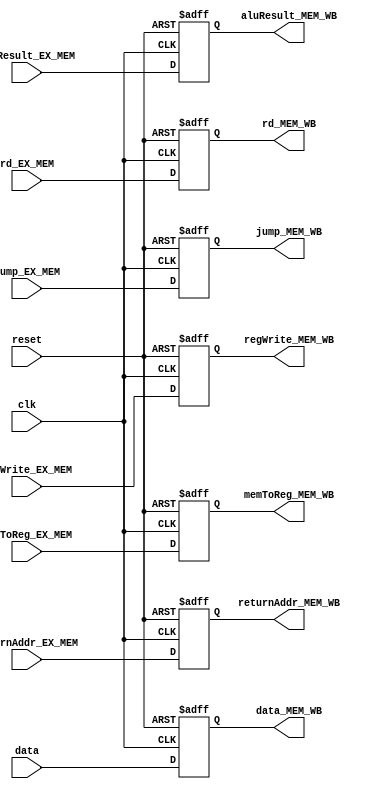
module MEM_WB_reg(returnAddr_MEM_WB,regWrite_MEM_WB,memToReg_MEM_WB,
              data_MEM_WB,aluResult_MEM_WB,rd_MEM_WB,jump_MEM_WB,
              regWrite_EX_MEM,memToReg_EX_MEM,data,aluResult_EX_MEM, 
              rd_EX_MEM,jump_EX_MEM,returnAddr_EX_MEM,clk,reset);
output reg [31:0] returnAddr_MEM_WB,data_MEM_WB,aluResult_MEM_WB;
output reg [4:0] rd_MEM_WB;
output reg regWrite_MEM_WB,memToReg_MEM_WB,jump_MEM_WB;
input [31:0] returnAddr_EX_MEM,data,aluResult_EX_MEM;
input [4:0] rd_EX_MEM;
input regWrite_EX_MEM,memToReg_EX_MEM,jump_EX_MEM,clk,reset;

always@(posedge clk, negedge reset)
begin
if(reset==0) 
    begin 
        returnAddr_MEM_WB = 0;
        regWrite_MEM_WB = 0;
        memToReg_MEM_WB = 0;
        data_MEM_WB = 0;
        aluResult_MEM_WB = 0;
        rd_MEM_WB = 0;
        jump_MEM_WB = 0;
    end
             
else
    begin 
        returnAddr_MEM_WB = returnAddr_EX_MEM;
        regWrite_MEM_WB = regWrite_EX_MEM;
        memToReg_MEM_WB = memToReg_EX_MEM;
        data_MEM_WB = data;
        aluResult_MEM_WB = aluResult_EX_MEM;
        rd_MEM_WB = rd_EX_MEM;
        jump_MEM_WB = jump_EX_MEM;
    end
end

endmodule